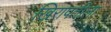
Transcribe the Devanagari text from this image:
खिरापतीला